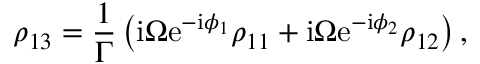
\rho _ { 1 3 } = \frac { 1 } { \Gamma } \left( \mathrm { i } \Omega \mathrm { e } ^ { - \mathrm { i } \phi _ { 1 } } \rho _ { 1 1 } + \mathrm { i } \Omega \mathrm { e } ^ { - \mathrm { i } \phi _ { 2 } } \rho _ { 1 2 } \right) ,